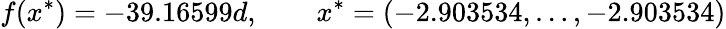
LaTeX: f(x^{*})=-39.16599d,\qquad x^{*}=(-2.903534,\ldots,-2.903534)